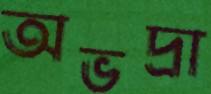
অভদ্রা